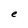
Character: e